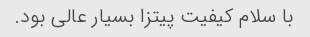
با سلام کیفیت پیتزا بسیار عالی بود.